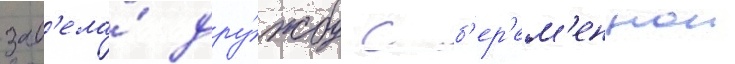
зав'ела́ дру́жбу с б'ер'ем'еннои